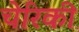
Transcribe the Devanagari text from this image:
चेरिकी